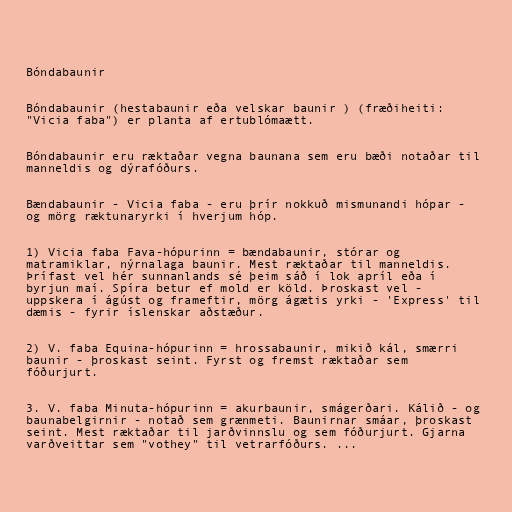
Bóndabaunir

Bóndabaunir (hestabaunir eða velskar baunir ) (fræðiheiti:
"Vicia faba") er planta af ertublómaætt.

Bóndabaunir eru ræktaðar vegna baunana sem eru bæði notaðar til
manneldis og dýrafóðurs.

Bændabaunir - Vicia faba - eru þrír nokkuð mismunandi hópar -
og mörg ræktunaryrki í hverjum hóp.

1) Vicia faba Fava-hópurinn = bændabaunir, stórar og
matramiklar, nýrnalaga baunir. Mest ræktaðar til manneldis.
Þrífast vel hér sunnanlands sé þeim sáð í lok apríl eða í
byrjun maí. Spíra betur ef mold er köld. Þroskast vel -
uppskera í ágúst og frameftir, mörg ágætis yrki - 'Express' til
dæmis - fyrir íslenskar aðstæður.

2) V. faba Equina-hópurinn = hrossabaunir, mikið kál, smærri
baunir - þroskast seint. Fyrst og fremst ræktaðar sem
fóðurjurt.

3. V. faba Minuta-hópurinn = akurbaunir, smágerðari. Kálið - og
baunabelgirnir - notað sem grænmeti. Baunirnar smáar, þroskast
seint. Mest ræktaðar til jarðvinnslu og sem fóðurjurt. Gjarna
varðveittar sem "vothey" til vetrarfóðurs. ...